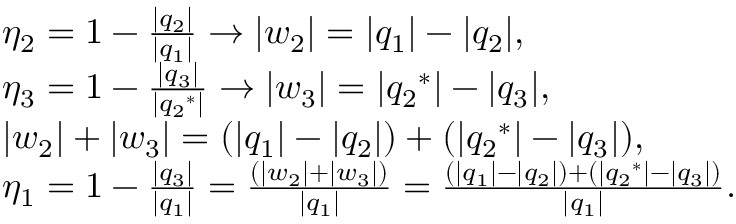
{ \begin{array} { r l } & { { { \eta } _ { 2 } } = 1 - { \frac { | { { q } _ { 2 } } | } { | { { q } _ { 1 } } | } } \to | { { w } _ { 2 } } | = | { { q } _ { 1 } } | - | { { q } _ { 2 } } | , } \\ & { { { \eta } _ { 3 } } = 1 - { \frac { | { { q } _ { 3 } } | } { | { { q } _ { 2 } } ^ { * } | } } \to | { { w } _ { 3 } } | = | { { q } _ { 2 } } ^ { * } | - | { { q } _ { 3 } } | , } \\ & { | { { w } _ { 2 } } | + | { { w } _ { 3 } } | = ( | { { q } _ { 1 } } | - | { { q } _ { 2 } } | ) + ( | { { q } _ { 2 } } ^ { * } | - | { { q } _ { 3 } } | ) , } \\ & { { { \eta } _ { 1 } } = 1 - { \frac { | { { q } _ { 3 } } | } { | { { q } _ { 1 } } | } } = { \frac { ( | { { w } _ { 2 } } | + | { { w } _ { 3 } } | ) } { | { { q } _ { 1 } } | } } = { \frac { ( | { { q } _ { 1 } } | - | { { q } _ { 2 } } | ) + ( | { { q } _ { 2 } } ^ { * } | - | { { q } _ { 3 } } | ) } { | { { q } _ { 1 } } | } } . } \end{array} }